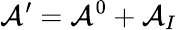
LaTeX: {\cal A}^{\prime}={\cal A}^{0}+{\cal A}_{I}